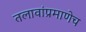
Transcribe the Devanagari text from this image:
तलावांप्रमाणेच